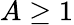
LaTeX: A\geq 1